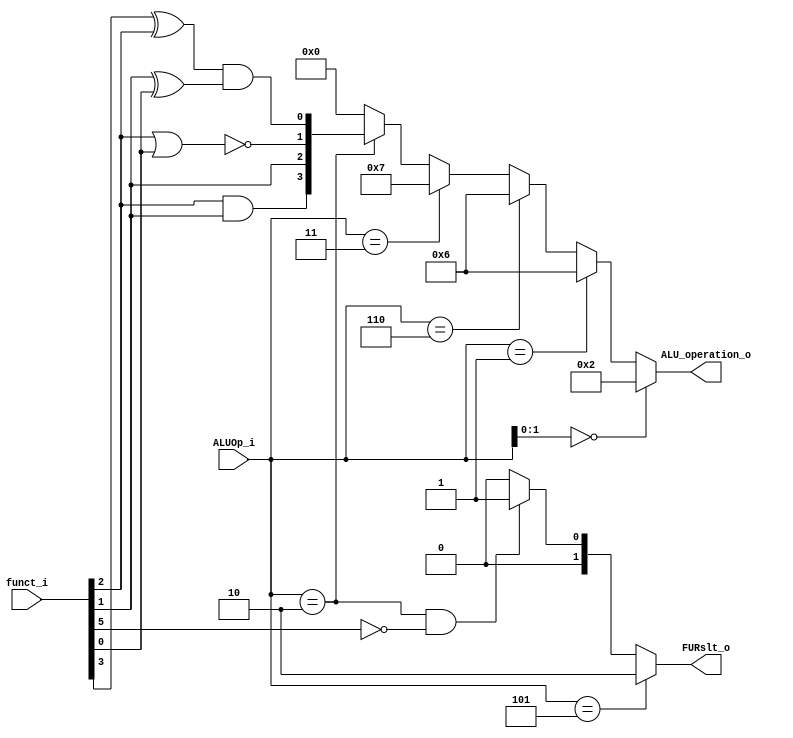
module ALU_Ctrl( funct_i, ALUOp_i, ALU_operation_o, FURslt_o );

//I/O ports 
input      [6-1:0] funct_i;
input      [3-1:0] ALUOp_i;

output     [4-1:0] ALU_operation_o;  
output     [2-1:0] FURslt_o;
     
//Internal Signals
wire		[4-1:0] ALU_operation_o;
wire		[2-1:0] FURslt_o;

//Main function
/*your code here*/

wire [3:0] ALU_operation_Rtype;
wire FURslt_Rtype;

assign ALU_operation_o = (ALUOp_i[1:0]==2'b00) ? 4'b0010 : 		//lw,sw,addi
						 (ALUOp_i==3'b001) ? 4'b0110 :			//beq
						 (ALUOp_i==3'b110) ? 4'b0110 :			//bne,bnez
						 (ALUOp_i==3'b011) ? 4'b0111 :			//blt,bgez
						 (ALUOp_i==3'b010) ? ALU_operation_Rtype : 4'b0000; 
	


assign ALU_operation_Rtype[3] = funct_i[2] & funct_i[1];
assign ALU_operation_Rtype[2] = funct_i[1];
assign ALU_operation_Rtype[1] = ~(funct_i[2] | funct_i[0]);
assign ALU_operation_Rtype[0] = (funct_i[3] ^ funct_i[2]) & (funct_i[1] ^ funct_i[0]);


assign FURslt_o = (ALUOp_i==3'b101) ? 2 :
                  (ALUOp_i==3'b010 & funct_i[5]==0) ? 1 : 0;


/*
assign FURslt_o[1] = ALUOp_i[0];			//LUI's ALUOp=101
assign FURslt_o[0] = (ALUOp_i[1]==0) ? 0 : funct_i[5] ? 0 : 1;	//funct_i[5] determines the operation is shift op. or other op.
				*/							//other op's funct_i[5]==1, shift op's funct_i[5]==0

/*

assign FURslt_o = (ALUOp_i==3'b100) ? 1 : */

//assign FURslt_Rtype = funct_i[5] ? 0 : 1;	//funct_i[5] determines the operation is shift op. or other op.
											//other op's funct_i[5]==1, shift op's funct_i[5]==0*/
//(FURslt == 2'b00) ALU
//(FURslt == 2'b01) SLL,SRL
//(FURslt == 2'b10) LUI

endmodule